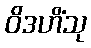
ဝိဒဟိံသု